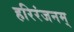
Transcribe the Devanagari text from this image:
हरिरंजनम्